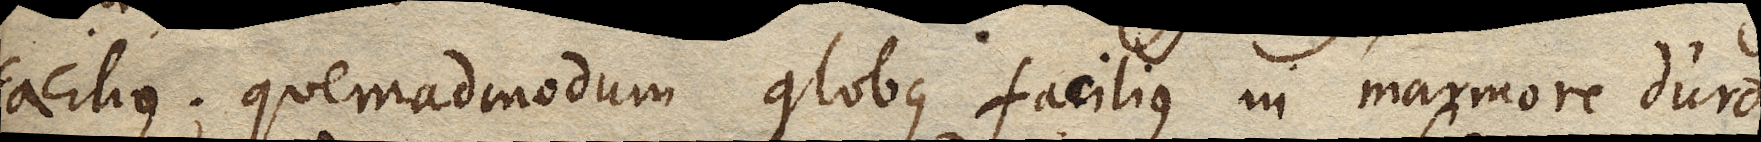
facilius; quemadmodum globus facilius in marmore duro,